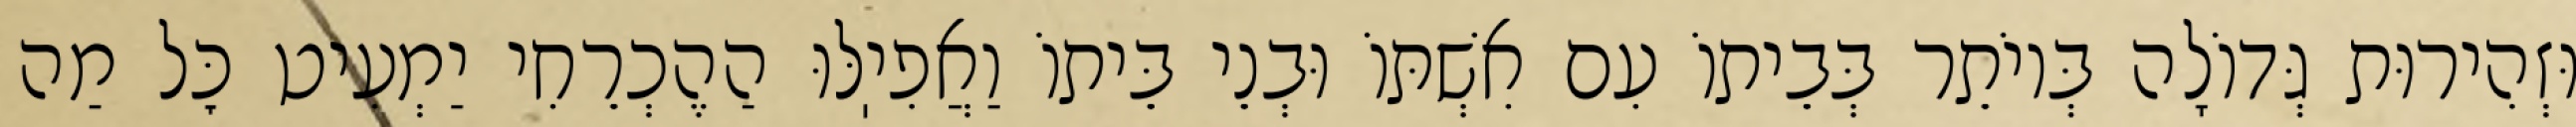
וּזְהִירוּת גְּדוֹלָה בְּיוֹתֵר בְּבֵיתוֹ עִם אִשְׁתּוֹ וּבְנֵי בֵּיתוֹ וַאֲפִיֽלּוּ הַהֶכְרֵחִי יַמְעִיט כׇּל מַה